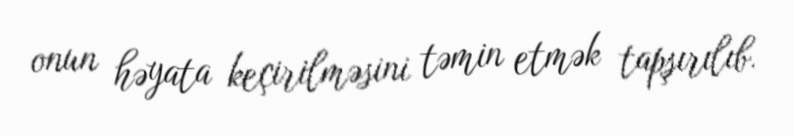
onun həyata keçirilməsini təmin etmək tapşırılıb.